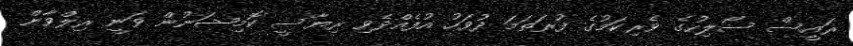
ރައީސް ސޯލިހުގެ ވެރިކަމުގެ ފުރަތަމަ ދުވަހު އުފެއްދެވި ރިޔާސީ ކޮމިޝަނުން ވަނީ ރިލްވާން